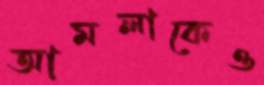
আমলাকেও